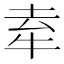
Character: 𤙏